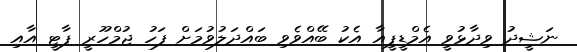
ނަޝީދު ވިދާޅުވީ އެމްޑީޕީއާ އެކު ބޭއްވެވި ބައްދަލުވުމަށް ފަހު ޖުމްހޫރީ ޕާޓީ އާއި